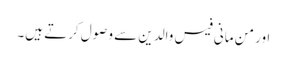
اور من مانی فیس والدین سے وصول کرتے ہیں۔